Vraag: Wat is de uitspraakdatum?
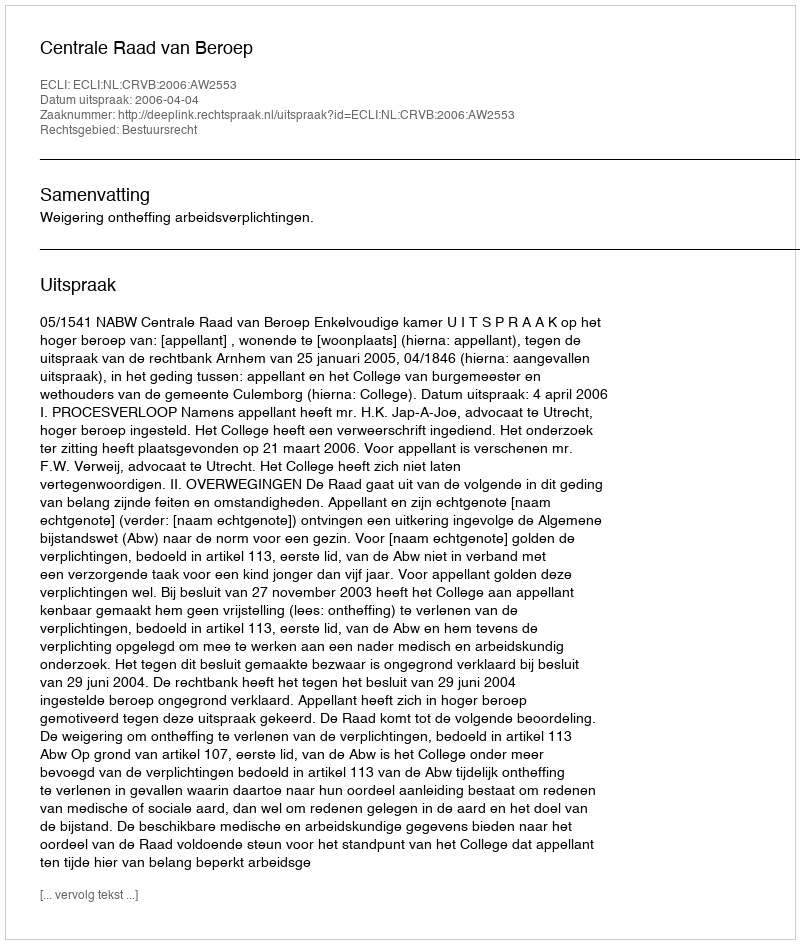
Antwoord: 2006-04-04